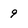
Character: 9